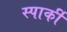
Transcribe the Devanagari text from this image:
स्पार्की